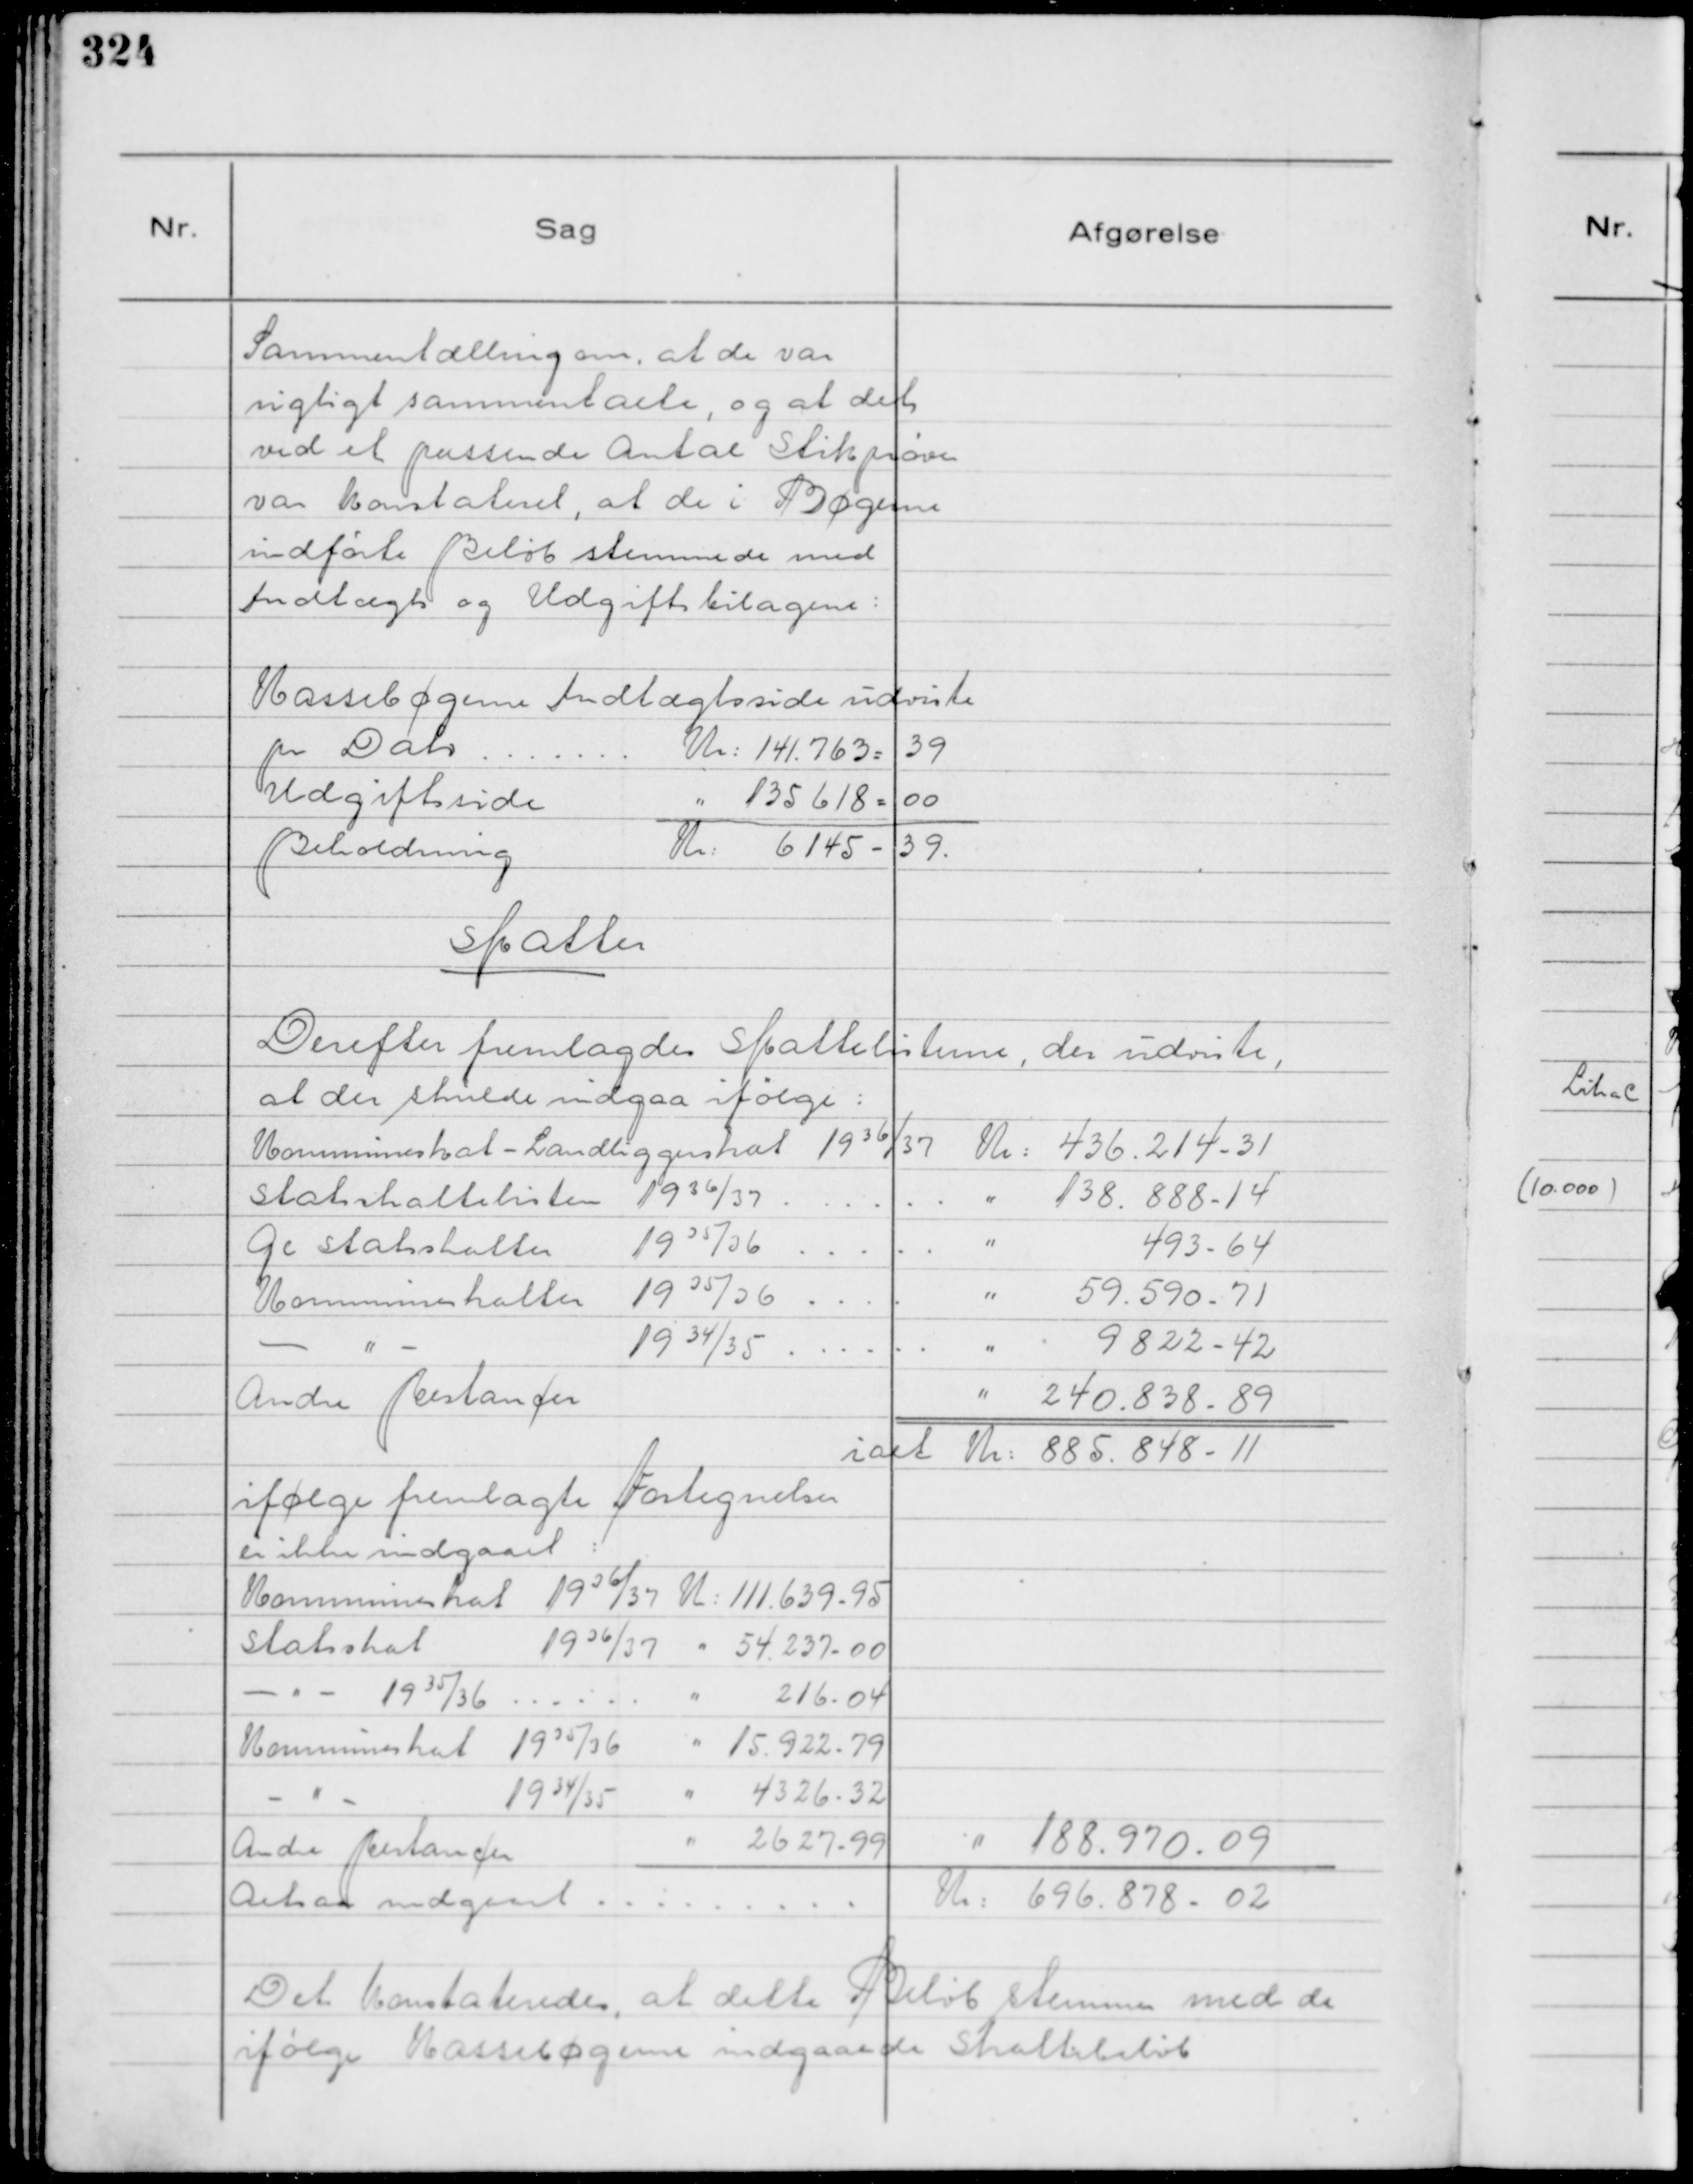
Transskription:
Sammentælling om, at de var
rigtigt sammentalte, og at det
ved et passende Antal Stikprøver
var konstateret, at de i Bøgerne
indførte Beløb stemmede med
Indtægts og Udgiftsbilagene:

Kassebøgernes Indtægtsside udviste
pr Dato . . . . . . .
Kr: 141.763 = 39
Udgiftsside
" 135.618 = 00
Beholdning
Kr: 6145 - 39.

Skatter
Derefter fremlagdes Skattelisterne, der udviste,
at der skulde indgaa ifølge:
Kommuneskat - Landliggerskat 19 36/37
Kr: 436.214 - 31
Statsskattelisten 19 36/37 . . . . . .
" 138.888 - 14
Gl. Statsskatter 19 35/36 . . . . .
" 493 - 64
Kommuneskatter 19 35/36 . . . .
" 59.590 - 71
- " - 19 34/35 . . . . . .
" 9.822 - 42
Andre Restancer
" 240.838 - 89
ialt Kr: 885.848 - 11
ifølge fremlagte Fortegnelser
er indgaaet:
Kommuneskat 19 36/37 K: 111.639 - 95
Statsskat 1936/37 " 54.237 - 00
- " - 19 35/36 . . . . . . " 216 - 04
Kommuneskat 19 35/36 " 15.922 - 79
- " - 19 34/35 " 4326 - 32
Andre Restancer " 2627 - 99
" 188.970 - 09
-
Altsaa medgaaet . . . . . . . . .
Kr: 696.878 - 02
Det konstateredes, at dette Beløb stemmer med de
ifølge Kassebøgerne indgaaede Skattebeløb